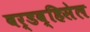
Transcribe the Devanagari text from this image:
बर्डव्हिसेल